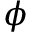
\phi